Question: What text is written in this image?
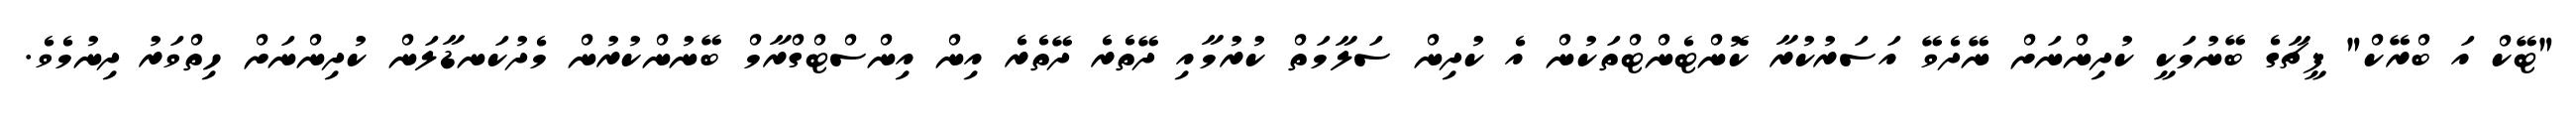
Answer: "ޓޭކް އަ ބްރޭކް" ފީޗާގެ ބޭނުމަކީ ކުދިންނަށް ނޭދެވޭ އަސަރުކުރާ ކޮންޓެންޓްތަކުން އެ ކުދިން ސަލާމަތް ކުރުމާއި ދޭތެރެ ދޭތެރެ އިން އިންސްޓްގްރާމް ބޭނުންކުރުން މެދުކަނޑާލަން ކުދިންނަށް ހިތްވަރު ދިނުމެވެ.